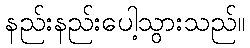
နည်းနည်းပေါ့သွားသည်။